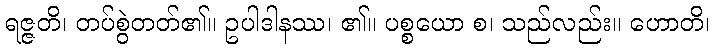
ရဇ္ဇတိ၊ တပ်စွဲတတ်၏။ ဥပါဒါနဿ၊ ၏။ ပစ္စယော စ၊ သည်လည်း။ ဟောတိ၊